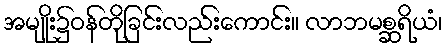
အမျိုး၌ဝန်တိုခြင်းလည်းကောင်း။ လာဘမစ္ဆရိယံ၊